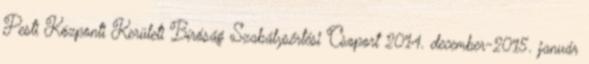
Pesti Központi Kerületi Bíróság Szabálysértési Csoport 2014. december-2015. január